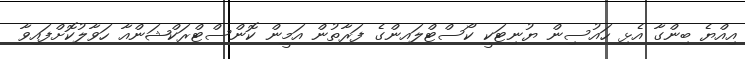
އިއްޔެ ބިންގާ އެޅި ހައުސިން ޔުނިޓަކީ ކޯސްޓްލައިންގެ ފަރާތުން އަމީން ކޮންސްޓްރަކްޝަންއާ ހަވާލުކޮށްފައިވާ